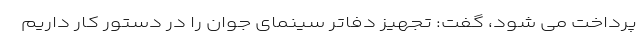
پرداخت می شود، گفت: تجهیز دفاتر سینمای جوان را در دستور کار داریم